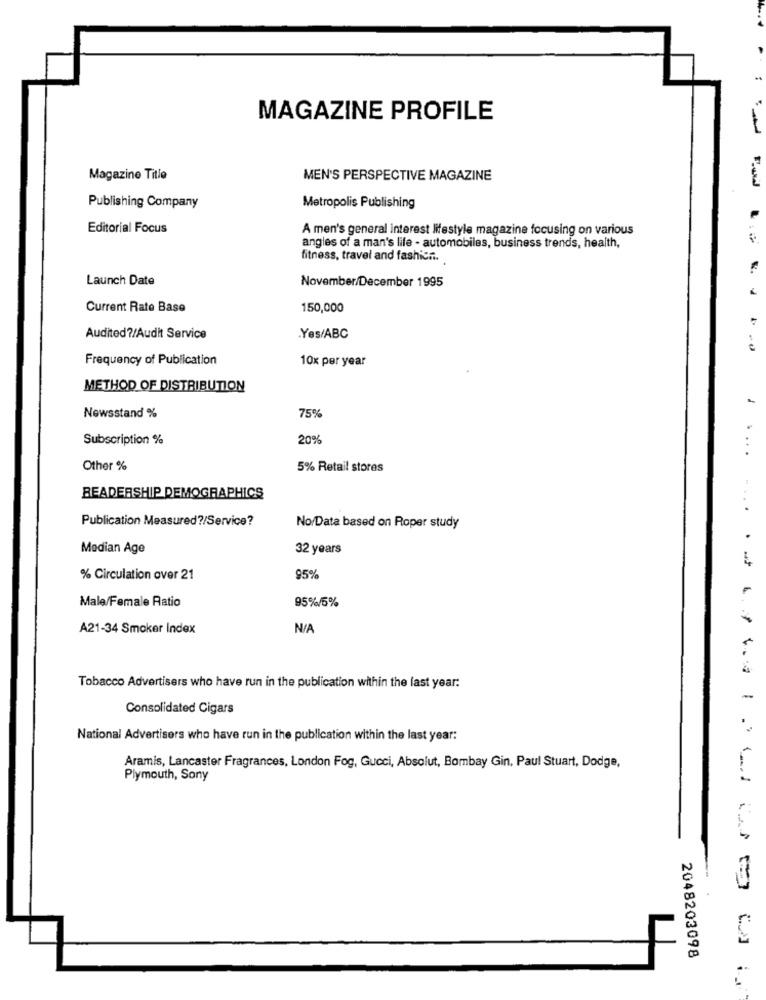
MAGAZINE PROFILE
Magazine Title
MEN'S PERSPECTIVE MAGAZINE
Publishing Company
Metropolis Publishing
Editorial Focus
A men's general interest lifestyle magazine focusing on various
angles of a man's life - automobiles, business trends, health,
fitness, travel and fashion.
Launch Date
November/December 1995
Current Rate Base
150,000
Audited?/Audit Service
.Yes/ABC
Frequency of Publication
10x per year
METHOD OF DISTRIBUTION
75%
Newsstand %
Subscription %
20%
...
Other %
5% Retail stores
BEADERSHIP DEMOGRAPHICS
Publication Measured?/Service?
No/Data based on Roper study
Median Age
32 years
% Circulation over 21
95%
-
Male/Female Ratio
95%/5%
A21-34 Smoker Index
Tobacco Advertisers who have run in the publication within the last year:
Consolidated Cigars
National Advertisers who have run in the publication within the last year:
Aramis, Lancaster Fragrances, London Fog, Gucci, Absolut, Bombay Gin, Paul Stuart, Dodge,
Plymouth, Sony
2048203098